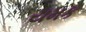
યમક